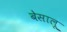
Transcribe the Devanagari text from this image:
बेसालू